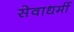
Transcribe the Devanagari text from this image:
सेवाधर्मी